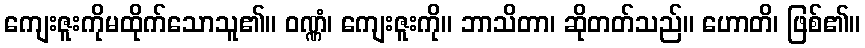
ကျေးဇူးကိုမထိုက်သောသူ၏။ ဝဏ္ဏံ၊ ကျေးဇူးကို။ ဘာသိတာ၊ ဆိုတတ်သည်။ ဟောတိ၊ ဖြစ်၏။